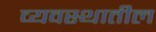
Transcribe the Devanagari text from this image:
व्यवस्थातील